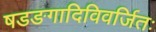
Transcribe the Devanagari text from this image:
षडङगादिविवर्जितः